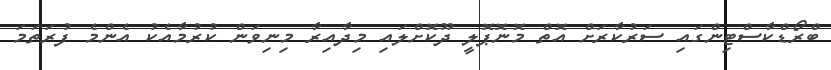
ބްރޯޑްކާސްޓިންގައި ސަރުކާރަށް އޮތް މޮނޮޕޮލީ ދޫކޮށްލައި މިދާއިރާ މިނިވަން ކުރުމާއެކު އެންމެ ފުރަތަމަ